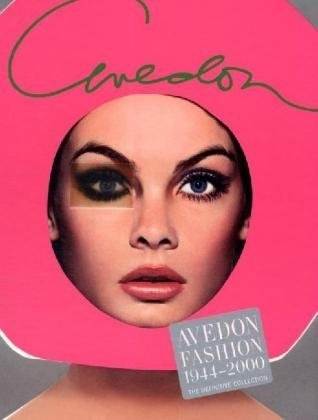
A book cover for Avedon Fashion 1944-2000; Carol Squiers; Humor & Entertainment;